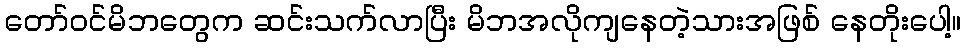
တော်ဝင်မိဘတွေက ဆင်းသက်လာပြီး မိဘအလိုကျနေတဲ့သားအဖြစ် နေတိုးပေါ့။